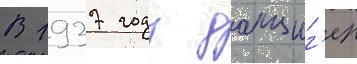
В 1937 году данциг'ер